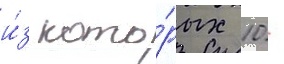
и́з кото́рых 10 -